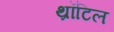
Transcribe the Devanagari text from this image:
थ्रॉटिल